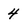
Character: 4